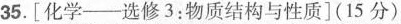
35.[化学-选修3:物质结构与性质](15分)